Medical and sanitary report of the native army of Madras for the year
Year: 1875
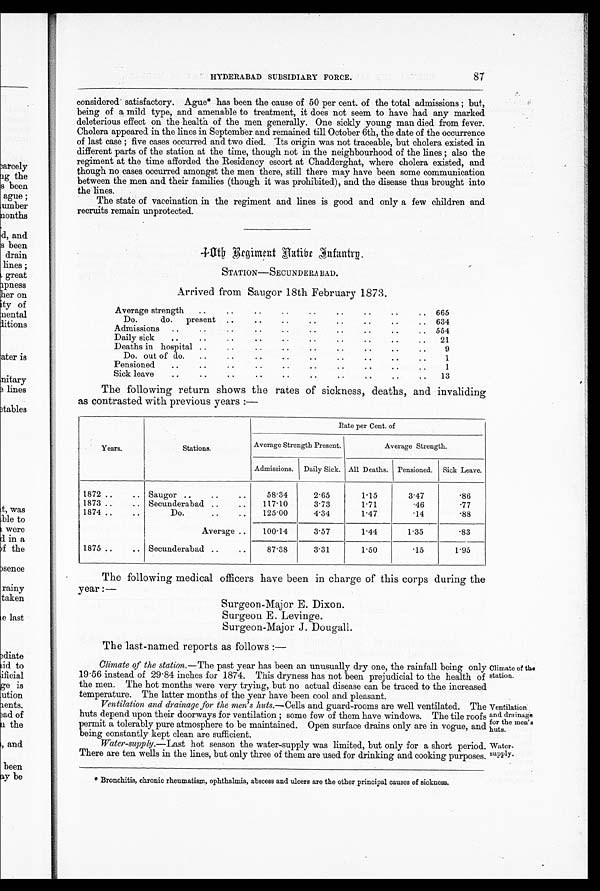
Ventilation.
and drainage
for the men's
huts.
Wa t e r - s u p p l y .
HYDERABAD SUBSIDIARY FORCE.
87
considered' satisfactory. Ague* has been the cause of 50 per cent. of the total admissions; but,
being of a mild type, and amenable to treatment, it does not seem to have had any marked
deleterious effect on the health of the men generally. One sickly young man died from fever.
Cholera appeared in the lines in September and remained till October 6th, the date of the occurrence
of last case; five cases occurred and two died. Its origin was not traceable, but cholera existed in
different parts of the station at the time, though not in the neighbourhood of the lines; also the
regiment at the time afforded the Residency escort at Chadderghat, where cholera existed, and
though no cases occurred amongst the men there, still there may have been some communication
between the men and their families (though it was prohibited), and the disease thus brought into
the lines.
The state of vaccination in the regiment and lines is good and only a few children and
recruits remain unprotected.
R e g i m e n t N a t i b e I n f a n t r y .
STATION— SECUNDERABAD.
Arrived from Saugor 18th February 1873.
..
..
..
..
..
..
Average strength
..
..
.. 665
..
..
..
Do.
do.
present
..
..
..
..
.. 634
. .
. .
..
..
Admissions ..
..
..
..
..
.. 554
. .
. .
. .
. .
. .
. .
Daily sick
. .
..
21
..
..
..
..
. .
Deaths in hospital ..
..
..
..
9
..
..
..
..
Do. out of do.
..
..
..
..
1
..
..
..
Pensioned
..
..
..
.,
..
1
.
S i c k l e a v e
. .
. .
. .
. .
13
The following return shows the rates of sickness, deaths, and invaliding
as contrasted with previous years:—
Rate per Cent. of
Years.
Stations.
Average Strength Present.
Average Strength.
Admissions. Daily Sick. All Deaths. Pensioned. Sick Leave.
1872 ..
.. Saugor ..
..
..
58.34
2.65
1.15
3.47
.86
1873 ..
.. Secunderabad ..
..
117.10
3.73
1.71
.46
.77
1874 ..
..
Do.
Average ..
125.00
4.34
1.47
.14
.88
100.14
3.57
1.44
1.35
.83
1875 ..
.. Secunderabad ..
..
87.38
3.31
1.50
.15
1.95
The following medical officers have been in charge of this corps during the
year:—
Surgeon-Major E. Dixon.
Surgeon E. Levinge.
Sur geon-Major J. Dougall.
The last.named reports as follows:—
Climate of the station.— The past year has been an unusually dry one, the rainfall being only
19-56 instead of 29-84 inches for 1874. This dryness has not been prejudicial to the health of
the men. The hot months were very trying, but no actual disease can be traced to the increased
temperature.
The latter months of flap year have been cool and pleasent.
. Ventilation and drainage for the men's huts .—Cells and guard rooms are well ventilated. The
huts depend upon their doorways for ventilation; some few of them have windows. The tile roof;
permit a tolerably pure atmosphere to be maintained. Open surface drains only are in vogue, and
being constantly kept clean are sufficient.
Water-supply.—Last hot season the water-supply was limited, but only for a short period.
There are ten wells in the lines, but only three of them are used for drinking and cooking purposes
*Bronchitis, chronic rheumatism, ophthalmia, abscess and ulcers are the other principal causes of sickness.
Climate of the
station.